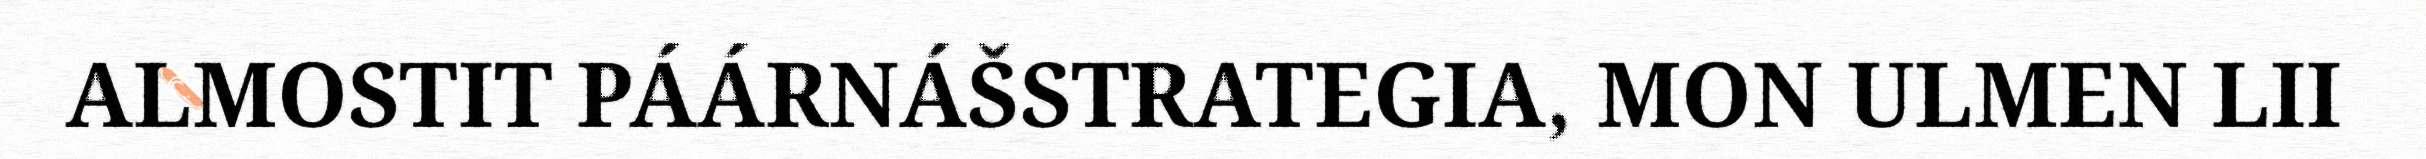
ALMOSTIT PÁÁRNÁŠSTRATEGIA, MON ULMEN LII